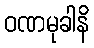
ဝဏမုခါနိ